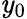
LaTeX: \mathit{y}_{0}